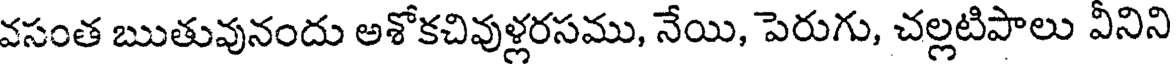
వసంత ఋతువునందు అశోకచివుళ్లరసము, నేయి, పెరుగు, చల్లటిపాలు వీనిని